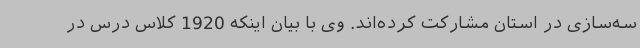
سه‌سازی در استان مشارکت کرده‌اند. وی با بیان اینکه 1920 کلاس درس در